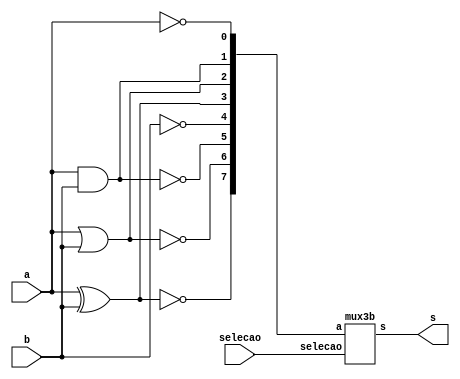
// -------------------------
// Exemplo0035 - lu4
// Nome: Willian Antonio dos Santos
// -------------------------
// -------------------------
// unidade logica 4 ( lu4 )
// -------------------------
module lu4 (output s, input a, input b, input [2:0] selecao);
       wire [7:0] s1;
       // Portas Principais da LU
       not N2 (s1[0], a);
       and A1 (s1[1], a, b);
       or O1 (s1[2], a, b);
       xor X1 (s1[3], a, b);
       not N1 (s1[4], b);
       nand NA1 (s1[5], a, b);
       nor NO1 (s1[6], a, b);
       xnor XN1 (s1[7], a, b);
       // Mux's
       mux3b M3x1 (s, s1, selecao);
endmodule // lu4

module mux3b (output s, input [7:0] a, input [2:0] selecao);
       wire [3:0] s2;
       wire [1:0] s3;
       mux Mx1 (s2[0],a[1],a[0],selecao[0]);
       mux Mx2 (s2[1],a[3],a[2],selecao[0]);
       mux Mx3 (s2[2],a[5],a[4],selecao[0]);
       mux Mx4 (s2[3],a[7],a[6],selecao[0]);
       mux Mx5 (s3[0],s2[1],s2[0],selecao[1]);
       mux Mx6 (s3[1],s2[3],s2[2],selecao[1]);
       mux Mx7 (s,s3[1],s3[0],selecao[2]);
endmodule // mux3b

module mux (output s, input a, input b, input selecao);
       wire selecao2,s7,s8;
       not N1 ( selecao2, selecao);
       and A2 ( s7, a, selecao);
       and A3 ( s8, b, selecao2);
       or O2 ( s, s7, s8);
endmodule // mux

module test_lu4;
       // ------------------------- definir dados
       reg x;
       reg y;
       reg [2:0] select;
       wire z;
       lu4 modulo (z, x, y, select);
       // ------------------------- parte principal
       initial begin
               $display("Exemplo0035 - Willian Antonio dos Santos - 462020");
               $display("Test lu4 module");
               x = 0; y = 0;select = 0;
               $monitor("Entradas: %b %b | Selecao: %2b => Saidas: %b",x,y,select,z);
               #1 x = 0; y = 1;
               #1 x = 1; y = 0;
               #1 x = 1; y = 1;
               #1 $display("-----------------------------------------");
               repeat (7) begin
                  #1 x = 0; y = 0; select = select + 1;
                  #1 x = 0; y = 1;
                  #1 x = 1; y = 0;
                  #1 x = 1; y = 1;
                  #1 $display("-----------------------------------------");
               end
       end
endmodule // test_lu4